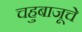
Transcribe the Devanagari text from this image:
चहुबाजूचे